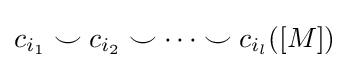
c_{i_{1}}\smile c_{i_{2}}\smile \dots \smile c_{i_{l}}([M])